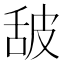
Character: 𰯿